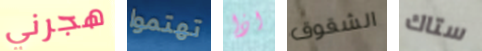
هجرني تهتموا اذا الشقوق ستاك